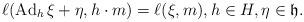
LaTeX: \begin{align*}\ell(\operatorname{Ad}_h\xi+\eta,h\cdot m)=\ell(\xi,m),h\in H,\eta\in\mathfrak h.\end{align*}